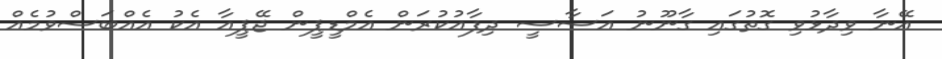
އޭނާ ވިދާޅުވި ގޮތުގައި ގާނޫނު އަސާސީ ދިފާއުކުރަން އެމްޑީޕީން ޖޭޕީއާ އެކު އެެއްބަސްވުމެއް